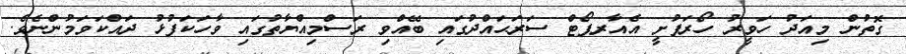
ގޮތުން މިއަދު ހަވީރު ހޯރަފުށީ އެއާރޕޯޓް ސަރަޙައްދުގައި ބޭއްވި ރަސްމިއްޔާތުގައި ވާހަކަފުޅު ދައްކަވަމުންނެވެ.